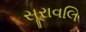
સૂરાવલિ